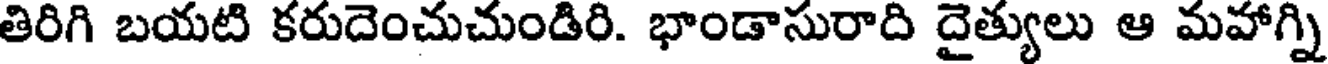
తిరిగి బయటి కరుదెంచుచుండిరి. భాండాసురాది దైత్యులు ఆ మహాగ్ని